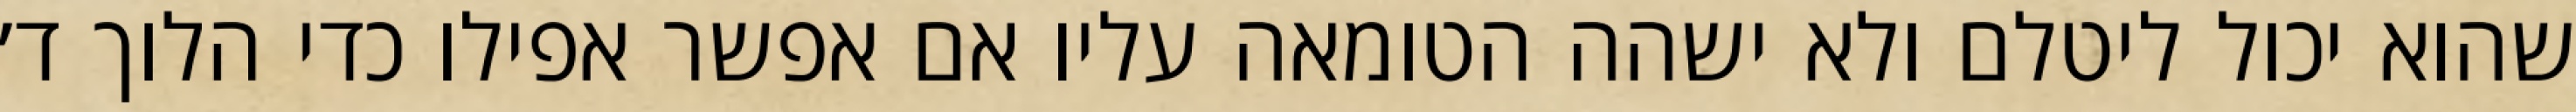
שהוא יכול ליטלם ולא ישהה הטומאה עליו אם אפשר אפילו כדי הלוך ד׳